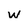
Character: W